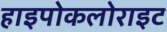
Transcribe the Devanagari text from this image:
हाइपोकलोराइट